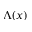
\Lambda ( x )